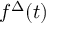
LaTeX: f ^ { \Delta } ( t )